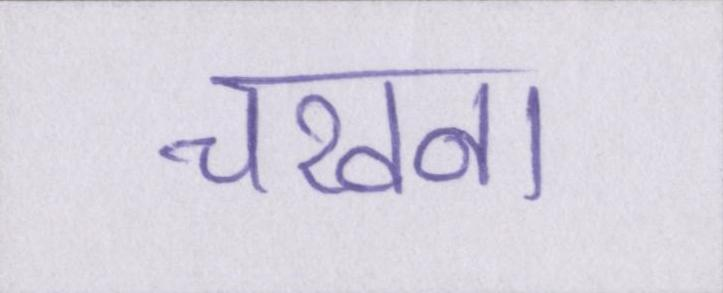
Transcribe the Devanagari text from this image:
चखना